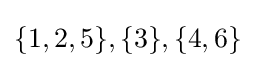
{\textstyle \{1,2,5\},\{3\},\{4,6\}}